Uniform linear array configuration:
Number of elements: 32
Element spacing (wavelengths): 1
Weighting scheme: kaiser
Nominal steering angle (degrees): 15
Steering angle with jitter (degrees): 16.697
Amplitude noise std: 0.05
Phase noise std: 0.05

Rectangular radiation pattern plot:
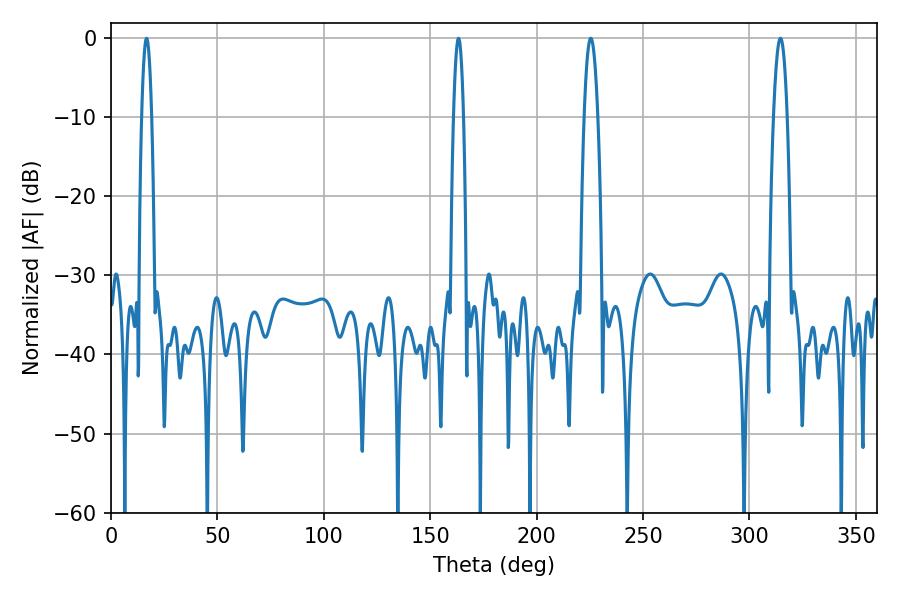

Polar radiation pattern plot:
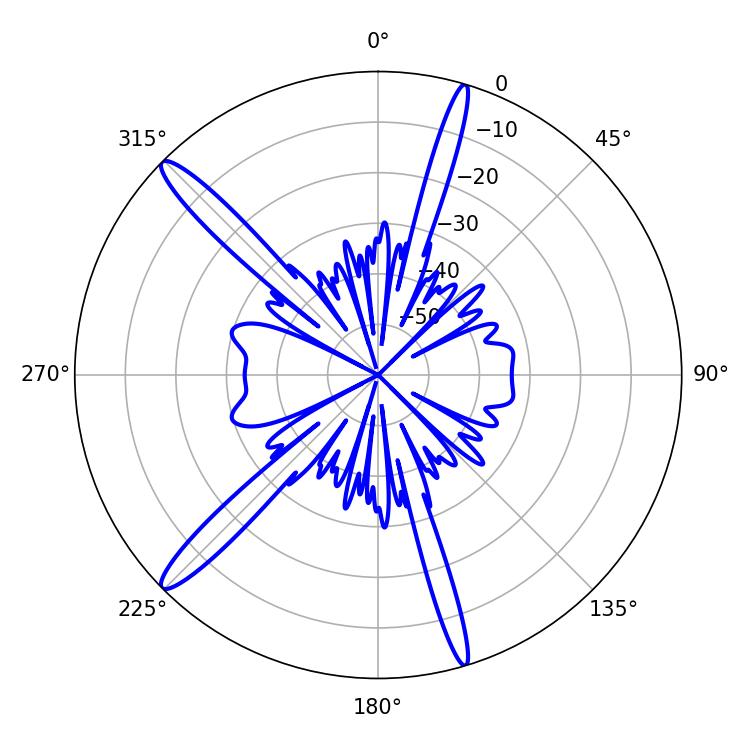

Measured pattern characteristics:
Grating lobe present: TRUE
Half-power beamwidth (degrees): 2.52
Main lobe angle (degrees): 16.74